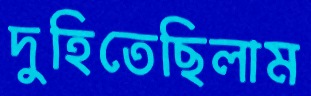
দুহিতেছিলাম